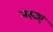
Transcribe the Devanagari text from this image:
नख्श